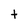
Character: t